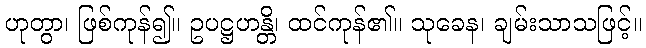
ဟုတွာ၊ ဖြစ်ကုန်၍။ ဥပဋ္ဌဟန္တိ၊ ထင်ကုန်၏။ သုခေန၊ ချမ်းသာသဖြင့်။